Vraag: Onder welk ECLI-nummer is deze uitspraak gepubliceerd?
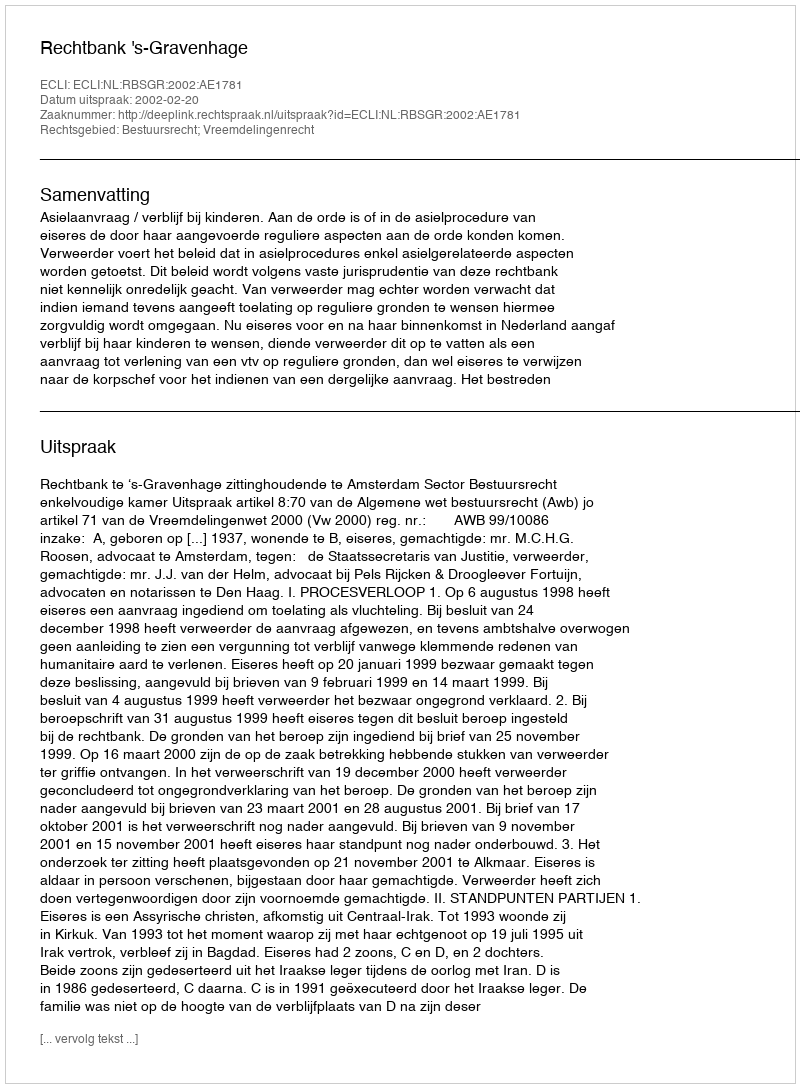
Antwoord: ECLI:NL:RBSGR:2002:AE1781